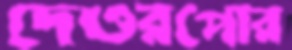
দেওরপোর